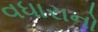
વધારાનો